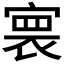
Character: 𡩲